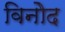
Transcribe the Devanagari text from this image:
विनोेद